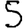
Digit: 5